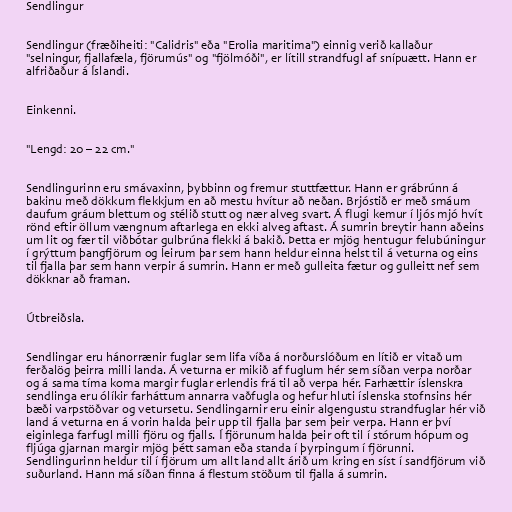
Sendlingur

Sendlingur (fræðiheiti: "Calidris" eða "Erolia maritima") einnig verið kallaður
"selningur, fjallafæla, fjörumús" og "fjölmóði", er lítill strandfugl af snípuætt. Hann er
alfriðaður á Íslandi.

Einkenni.

"Lengd: 20 – 22 cm."

Sendlingurinn eru smávaxinn, þybbinn og fremur stuttfættur. Hann er grábrúnn á
bakinu með dökkum flekkjum en að mestu hvítur að neðan. Brjóstið er með smáum
daufum gráum blettum og stélið stutt og nær alveg svart. Á flugi kemur í ljós mjó hvít
rönd eftir öllum vængnum aftarlega en ekki alveg aftast. Á sumrin breytir hann aðeins
um lit og fær til viðbótar gulbrúna flekki á bakið. Þetta er mjög hentugur felubúningur
í grýttum þangfjörum og leirum þar sem hann heldur einna helst til á veturna og eins
til fjalla þar sem hann verpir á sumrin. Hann er með gulleita fætur og gulleitt nef sem
dökknar að framan.

Útbreiðsla.

Sendlingar eru hánorrænir fuglar sem lifa víða á norðurslóðum en lítið er vitað um
ferðalög þeirra milli landa. Á veturna er mikið af fuglum hér sem síðan verpa norðar
og á sama tíma koma margir fuglar erlendis frá til að verpa hér. Farhættir íslenskra
sendlinga eru ólíkir farháttum annarra vaðfugla og hefur hluti íslenska stofnsins hér
bæði varpstöðvar og vetursetu. Sendlingarnir eru einir algengustu strandfuglar hér við
land á veturna en á vorin halda þeir upp til fjalla þar sem þeir verpa. Hann er því
eiginlega farfugl milli fjöru og fjalls. Í fjörunum halda þeir oft til í stórum hópum og
fljúga gjarnan margir mjög þétt saman eða standa í þyrpingum í fjörunni.
Sendlingurinn heldur til í fjörum um allt land allt árið um kring en síst í sandfjörum við
suðurland. Hann má síðan finna á flestum stöðum til fjalla á sumrin.